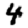
Digit: 4